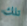
تلك